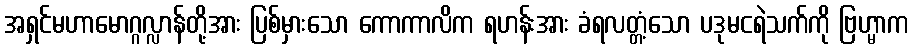
အရှင်မဟာမောဂ္ဂလ္လာန်တို့အား ပြစ်မှားသော ကောကာလိက ရဟန်းအား ခံရလတ္တံ့သော ပဒုမငရဲသက်ကို ဗြဟ္မာက